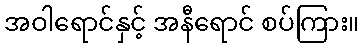
အဝါရောင်နှင့် အနီရောင် စပ်ကြား။